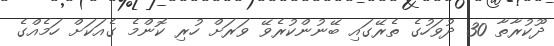
ދޫކުރާތާ 30 ދުވަހުގެ ތެރޭގައި ބޭނުންކުރެވޭ ވަރަށް ހުރި ކޮންމެ ގެއަކަށް ހަމެއްގެ